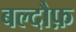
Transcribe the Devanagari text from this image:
बल्दौफ़